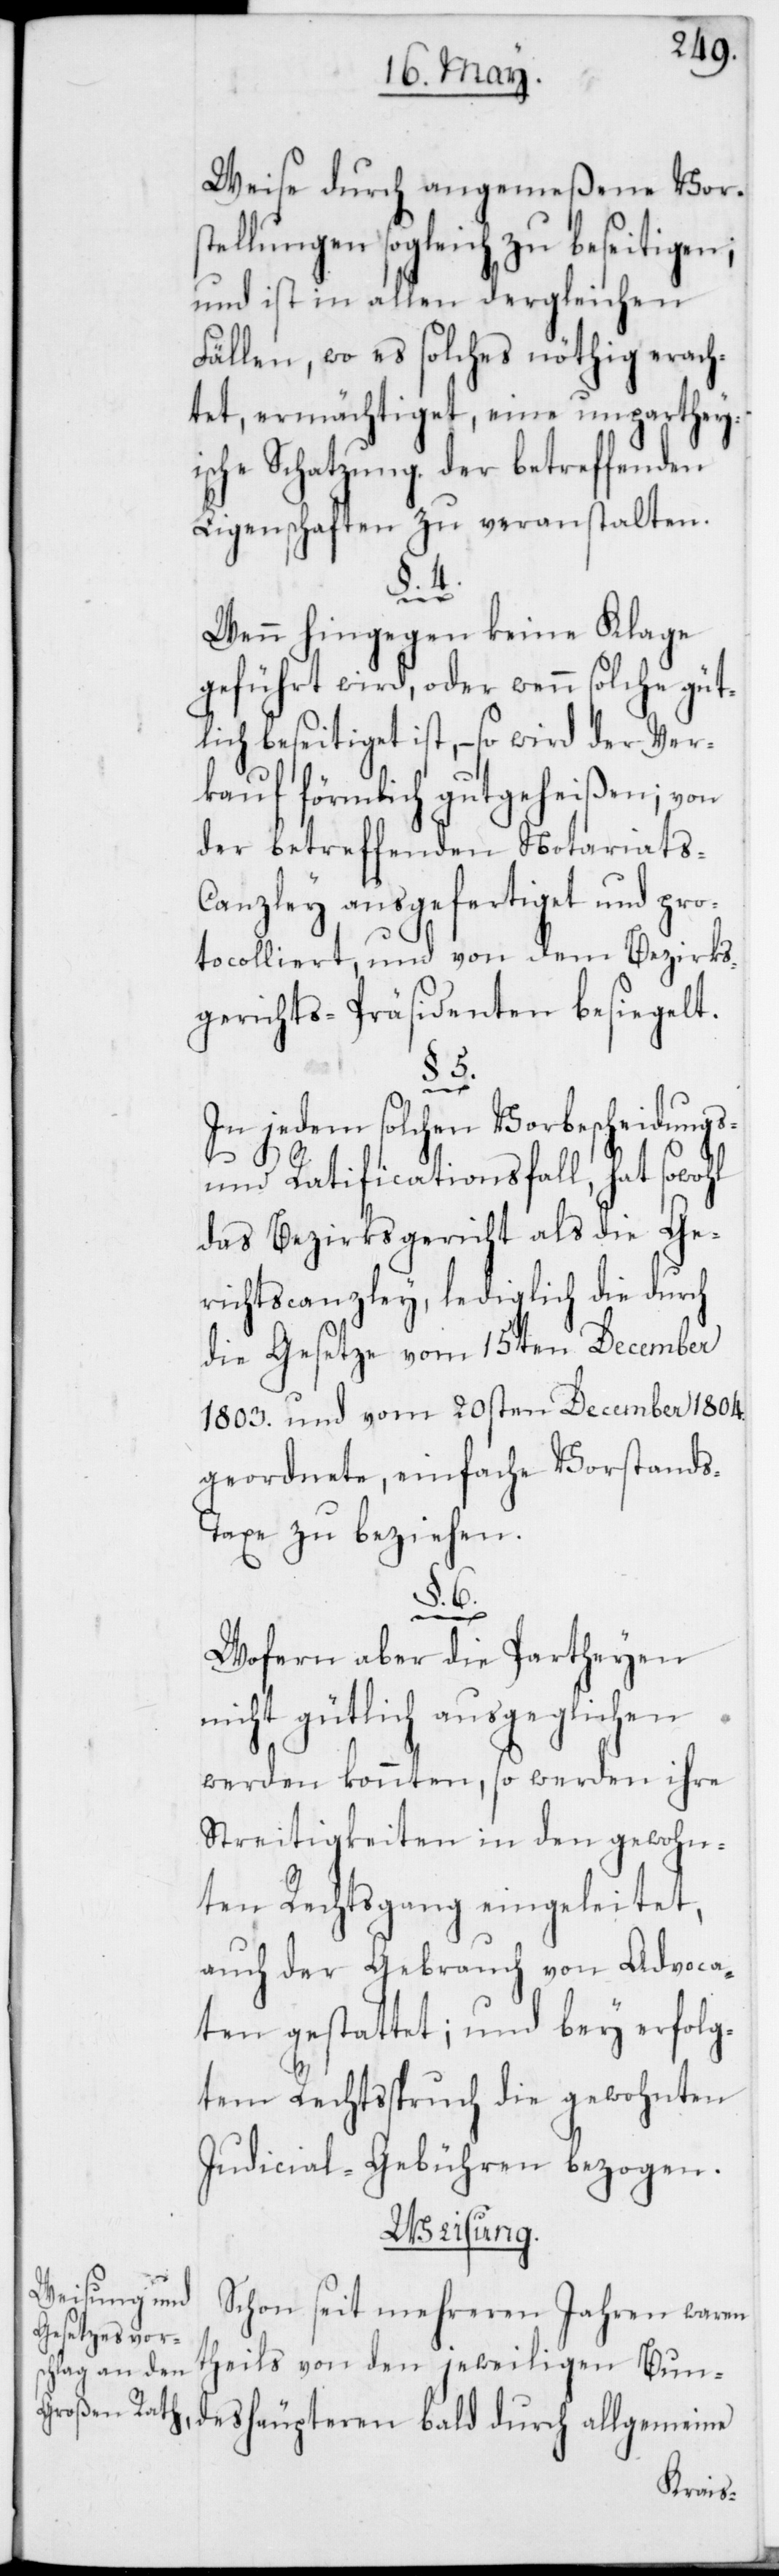
Weise durch angemeßene Vors¬
tellungen sogleich zu beseitigen;
und ist in allen dergleichen
Fällen, wo es solches nöthig erach¬
tet, ermächtiget, eine unpartheyi¬
sche Schatzung der betreffenden
Ligenschaften zu veranstalten.
§. 4.
Wenn hingegen keine Klage
geführt wird, oder wenn solche güt¬
lich beseitiget ist, – so wird der Ver¬
kauf förmlich gutgeheißen; von
der betreffenden Notariats-C¬
anzley ausgefertiget und pro¬
tocolliert, und von dem Bezirks¬
gerichts-Präsidenten besiegelt.
In jedem solchen Vorbescheidungs-
und Ratificationsfall, hat sowohl
das Bezirksgericht als die Ge¬
richtscanzley, lediglich die durch
die Gesetze vom 15ten December
1803. und vom 20sten December 1804.
geordnete, einfache Vorstand¬
s-Taxe zu beziehen.
§. 6.
den jewei¬
Wofern aber die Partheyen
nicht gütlich ausgeglichen
werden konnten, so werden ihre
Streitigkeiten in den gewohn¬
ten Rechtsgang eingeleitet,
auch der Gebrauch von Advoca¬
ten gestattet; und bey erfolg¬
tem Rechtsspruch die gewohnten
Judicial-Gebühren bezogen.
Weisung.
Schon seit mehreren Jahren waren
ligen Bundeshäupteren bald durch allgemeine